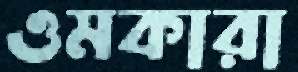
ওমকারা